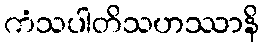
ကံသပါတိသဟဿာနိ